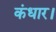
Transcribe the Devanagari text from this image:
कंधार।